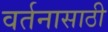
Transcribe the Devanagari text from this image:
वर्तनासाठी